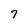
Character: 7